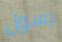
رسول